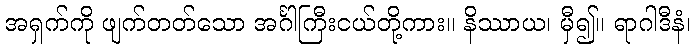
အရှက်ကို ဖျက်တတ်သော အင်္ဂါကြီးငယ်တို့ကား။ နိဿာယ၊ မှီ၍။ ရာဂါဒီနံ၊